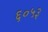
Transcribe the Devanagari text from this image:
६०५३